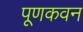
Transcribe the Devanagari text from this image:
पूणकवन